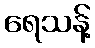
ရေသန့်